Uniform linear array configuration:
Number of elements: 48
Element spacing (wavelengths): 0.75
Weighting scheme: cosine
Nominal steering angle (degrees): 30
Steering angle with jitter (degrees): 28.082
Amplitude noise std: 0.05
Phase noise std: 0.05

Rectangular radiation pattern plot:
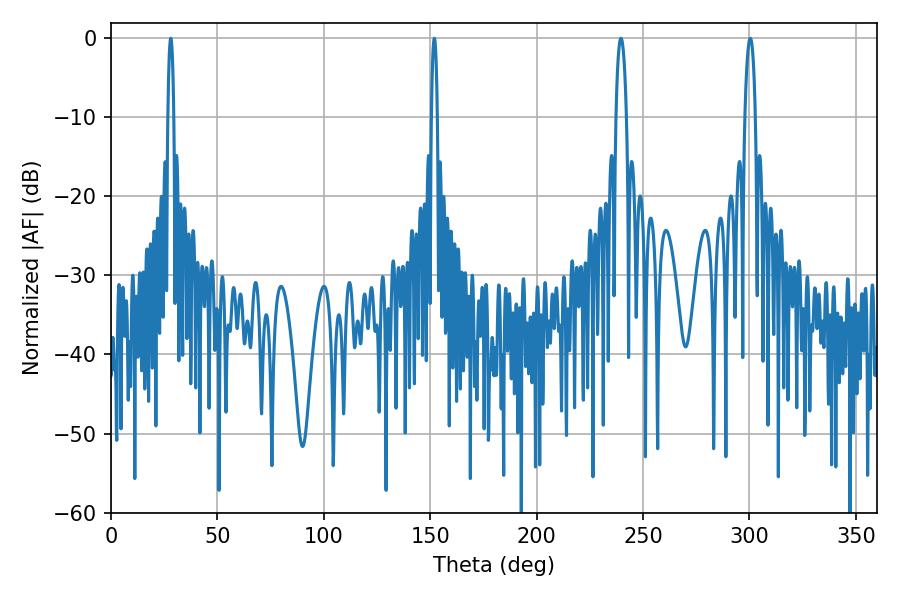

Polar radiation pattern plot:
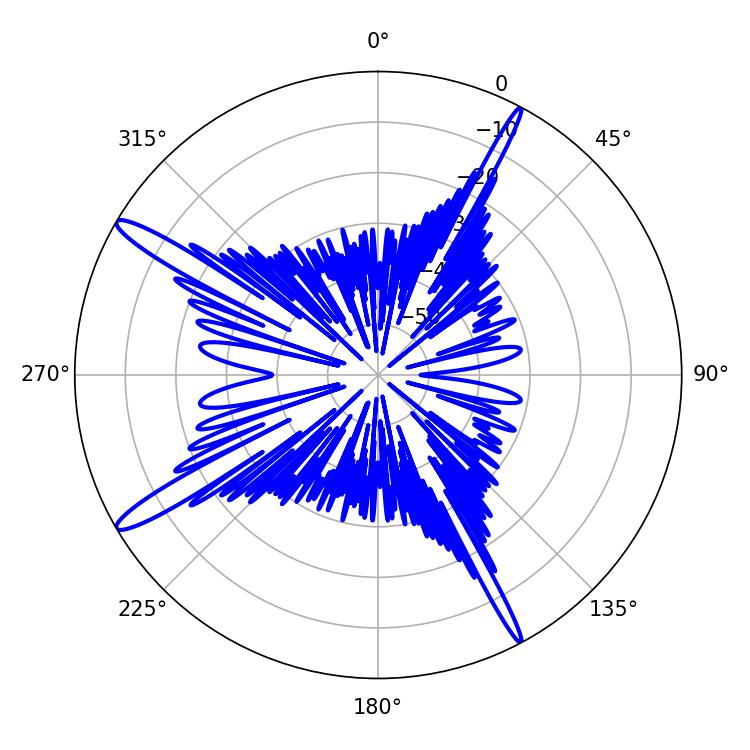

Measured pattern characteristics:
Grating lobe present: TRUE
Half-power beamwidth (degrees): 1.44
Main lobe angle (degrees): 28.08